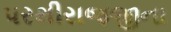
પરથીરાજજીના